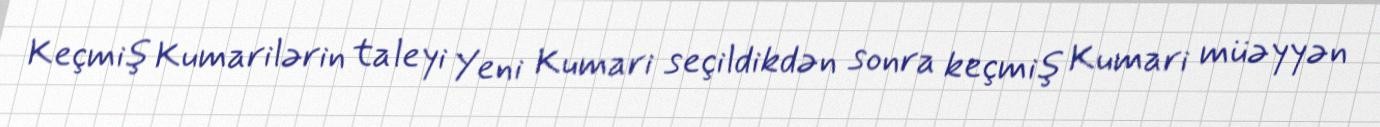
Keçmiş Kumarilərin taleyi Yeni Kumari seçildikdən sonra keçmiş Kumari müəyyən